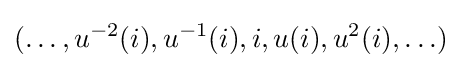
(\ldots ,u^{-2}(i),u^{-1}(i),i,u(i),u^{2}(i),\ldots )